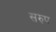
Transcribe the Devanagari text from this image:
सरुप